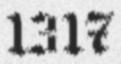
1317